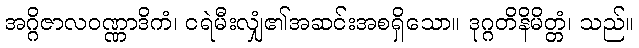
အဂ္ဂိဇာလဝဏ္ဏာဒိကံ၊ ငရဲမီးလျှံ၏အဆင်းအစရှိသော။ ဒုဂ္ဂတိနိမိတ္တံ၊ သည်။